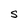
Character: S